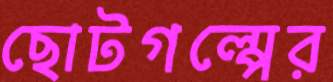
ছোটগল্পের